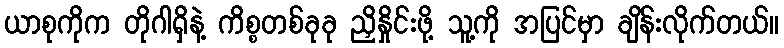
ယာစုကိုက တိုဂါရှိနဲ့ ကိစ္စတစ်ခုခု ညှိနှိုင်းဖို့ သူ့ကို အပြင်မှာ ချိန်းလိုက်တယ်။